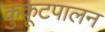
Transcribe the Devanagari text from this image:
कुकूटपालन